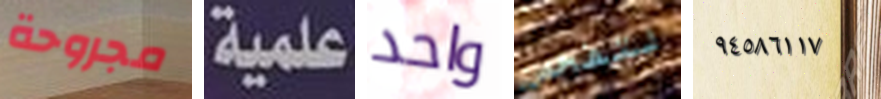
مجروحة علمية واحد لتفحص ٩٤٥٨٦١١٧